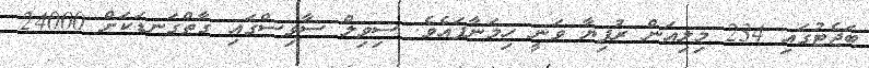
ބަޖެޓުގައި 234 މިލިއަން ރުފިޔާ ވަނީ ހިމަނާފައެވެ. ސިވިލް ސާވިސްގައި ގާތްގަނޑަކަށް 24000